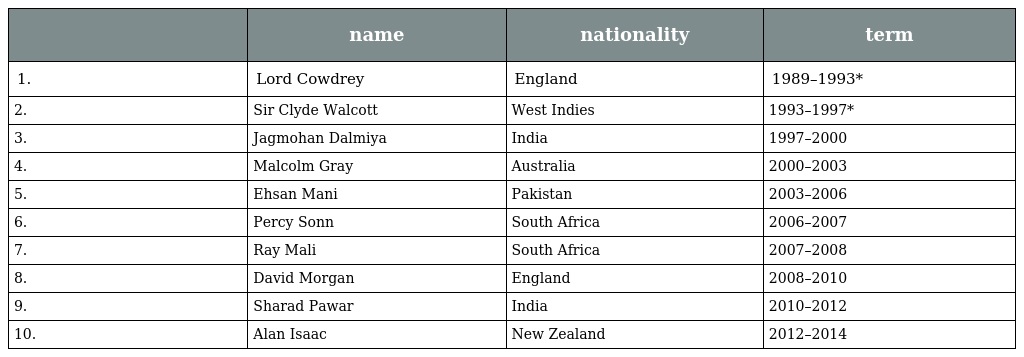
|  | name | nationality | term |
 | --- | --- | --- | --- |
 | 1. | Lord Cowdrey | England | 1989–1993* |
 | 2. | Sir Clyde Walcott | West Indies | 1993–1997* |
 | 3. | Jagmohan Dalmiya | India | 1997–2000 |
 | 4. | Malcolm Gray | Australia | 2000–2003 |
 | 5. | Ehsan Mani | Pakistan | 2003–2006 |
 | 6. | Percy Sonn | South Africa | 2006–2007 |
 | 7. | Ray Mali | South Africa | 2007–2008 |
 | 8. | David Morgan | England | 2008–2010 |
 | 9. | Sharad Pawar | India | 2010–2012 |
 | 10. | Alan Isaac | New Zealand | 2012–2014 |